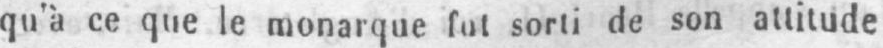
qu’à ce que le monarque fut sorti de son attitude